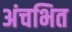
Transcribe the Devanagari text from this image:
अंचभित